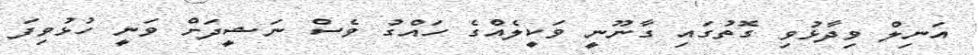
އަނިލް ވިދާޅުވި ގޮތުގައި ގާނޫނީ ވަކީލެއްގެ ހައްގު ވެސް ނަޝީދަށް ވަނީ ހުޅުވިފަ